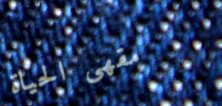
مقهى الحياة